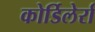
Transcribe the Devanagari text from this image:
कोर्डिलेर्रा